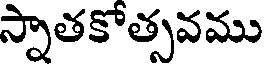
స్నాతకోత్సవము